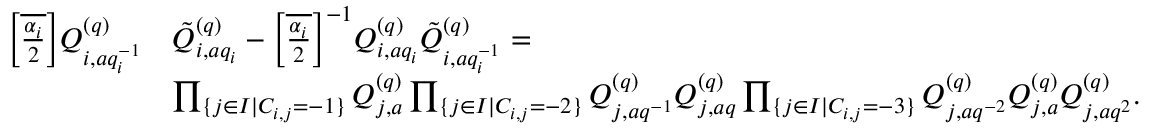
\begin{array} { r l } { { \textstyle \left[ \overline { { \frac { \alpha _ { i } } { 2 } } } \right] } Q _ { i , a q _ { i } ^ { - 1 } } ^ { ( q ) } } & { \tilde { Q } _ { i , a q _ { i } } ^ { ( q ) } - { \textstyle \left[ \overline { { \frac { \alpha _ { i } } { 2 } } } \right] ^ { - 1 } } Q _ { i , a q _ { i } } ^ { ( q ) } \tilde { Q } _ { i , a q _ { i } ^ { - 1 } } ^ { ( q ) } = } \\ & { \prod _ { \{ j \in I | C _ { i , j } = - 1 \} } Q _ { j , a } ^ { ( q ) } \prod _ { \{ j \in I | C _ { i , j } = - 2 \} } Q _ { j , a q ^ { - 1 } } ^ { ( q ) } Q _ { j , a q } ^ { ( q ) } \prod _ { \{ j \in I | C _ { i , j } = - 3 \} } Q _ { j , a q ^ { - 2 } } ^ { ( q ) } Q _ { j , a } ^ { ( q ) } Q _ { j , a q ^ { 2 } } ^ { ( q ) } . } \end{array}